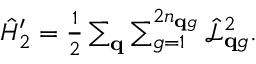
\begin{array} { r } { \hat { H } _ { 2 } ^ { \prime } = \frac { 1 } { 2 } \sum _ { \mathbf q } \sum _ { g = 1 } ^ { 2 n _ { \mathbf q g } } \hat { \mathcal L } _ { \mathbf { q } g } ^ { 2 } . } \end{array}